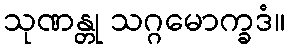
သုဏန္တု သဂ္ဂမောက္ခဒံ။